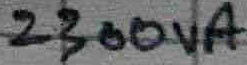
Text: 2300VA